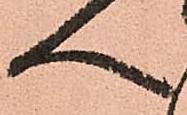
へ